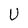
Character: U